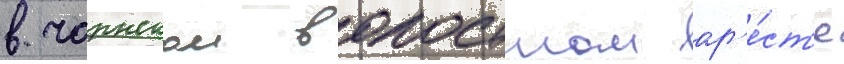
в чарнском волостном ар'е́ст'е